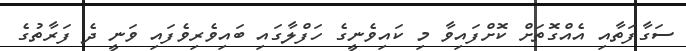
ސަގާފަތާއި އެއްގޮތަށް ކޮށްފައިވާ މި ކައިވެނީގެ ހަފްލާގައި ބައިވެރިވެފައި ވަނީ ދެ ފަރާތުގެ